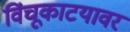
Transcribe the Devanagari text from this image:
विंचूकाटयावर